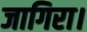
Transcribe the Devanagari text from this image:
जागिरा।